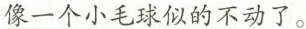
像一个小毛球似的不动了。